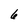
Character: 6